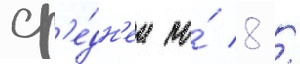
ср'е́дн'ем по́ 8 /